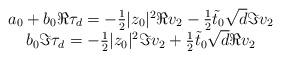
LaTeX: \begin{align*} \begin{array}{c} a_0 + b_0\Re\tau_d = - \frac{1}{2}|z_0|^2\Re v_2 - \frac{1}{2}\tilde{t}_0 \sqrt{d} \Im v_2\\ b_0\Im\tau_d = - \frac{1}{2}|z_0|^2\Im v_2 + \frac{1}{2}\tilde{t}_0 \sqrt{d} \Re v_2\\ \end{array} \end{align*}